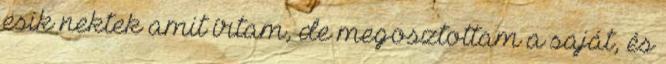
esik nektek amit írtam, de megosztottam a saját, és